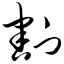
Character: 割